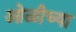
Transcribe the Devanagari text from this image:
ओळीच्या